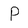
Character: P